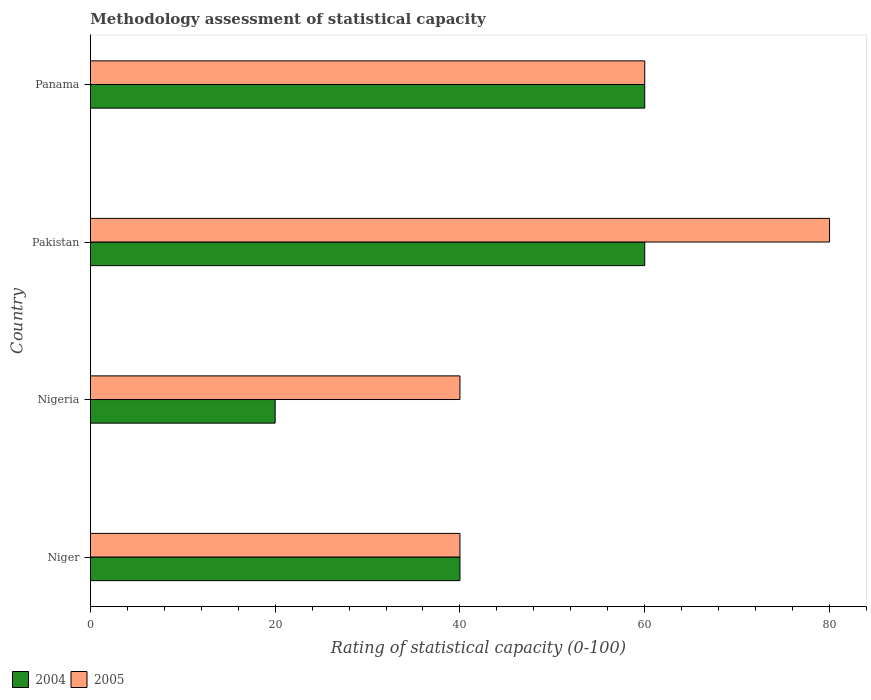
| Country | 2004 | 2005 |
 | --- | --- | --- |
 | Niger | 40 | 40 |
 | Nigeria | 20 | 40 |
 | Pakistan | 60 | 80 |
 | Panama | 60 | 60 |